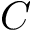
\boldsymbol { C }